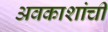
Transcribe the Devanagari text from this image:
अवकाशांची